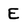
Character: E